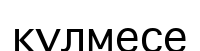
күлмесе